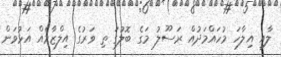
ލާއި އިލާހަ މުހައްމަދުއް ރަސޫލު މަގެ ބޮލުގަ ތި ވަރުގެ އިލްޒާމެއް އަޅުވަން